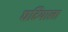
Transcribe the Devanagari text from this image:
घटियाला